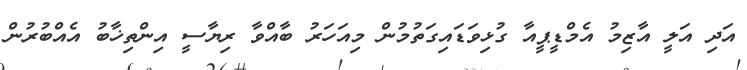
އަދި އަލީ އާޒިމު އެމްޑީޕީއާ ގުޅިވަޑައިގަތުމުން މިއަހަރު ބާއްވާ ރިޔާސީ އިންތިޚާބު އެއްބުރުން